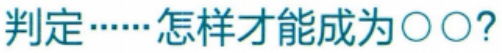
判定……怎样才能成为\(○○\)?